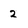
Character: 2